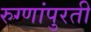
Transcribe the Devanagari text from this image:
रुग्णांपुरती